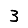
Digit: 3